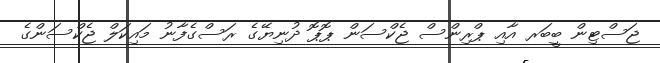
ޖަސްޓިން ބީބަރ އާއި ޕްރިންސް ޖެކްސަން ޕޮޕޮ ދުނިޔޭގެ ރަސްގެފާނު މައިކަލް ޖެކްސަންގެ